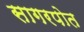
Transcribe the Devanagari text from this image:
सागरपोत